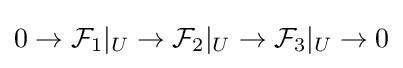
0\to {\mathcal {F}}_{1}|_{U}\to {\mathcal {F}}_{2}|_{U}\to {\mathcal {F}}_{3}|_{U}\to 0